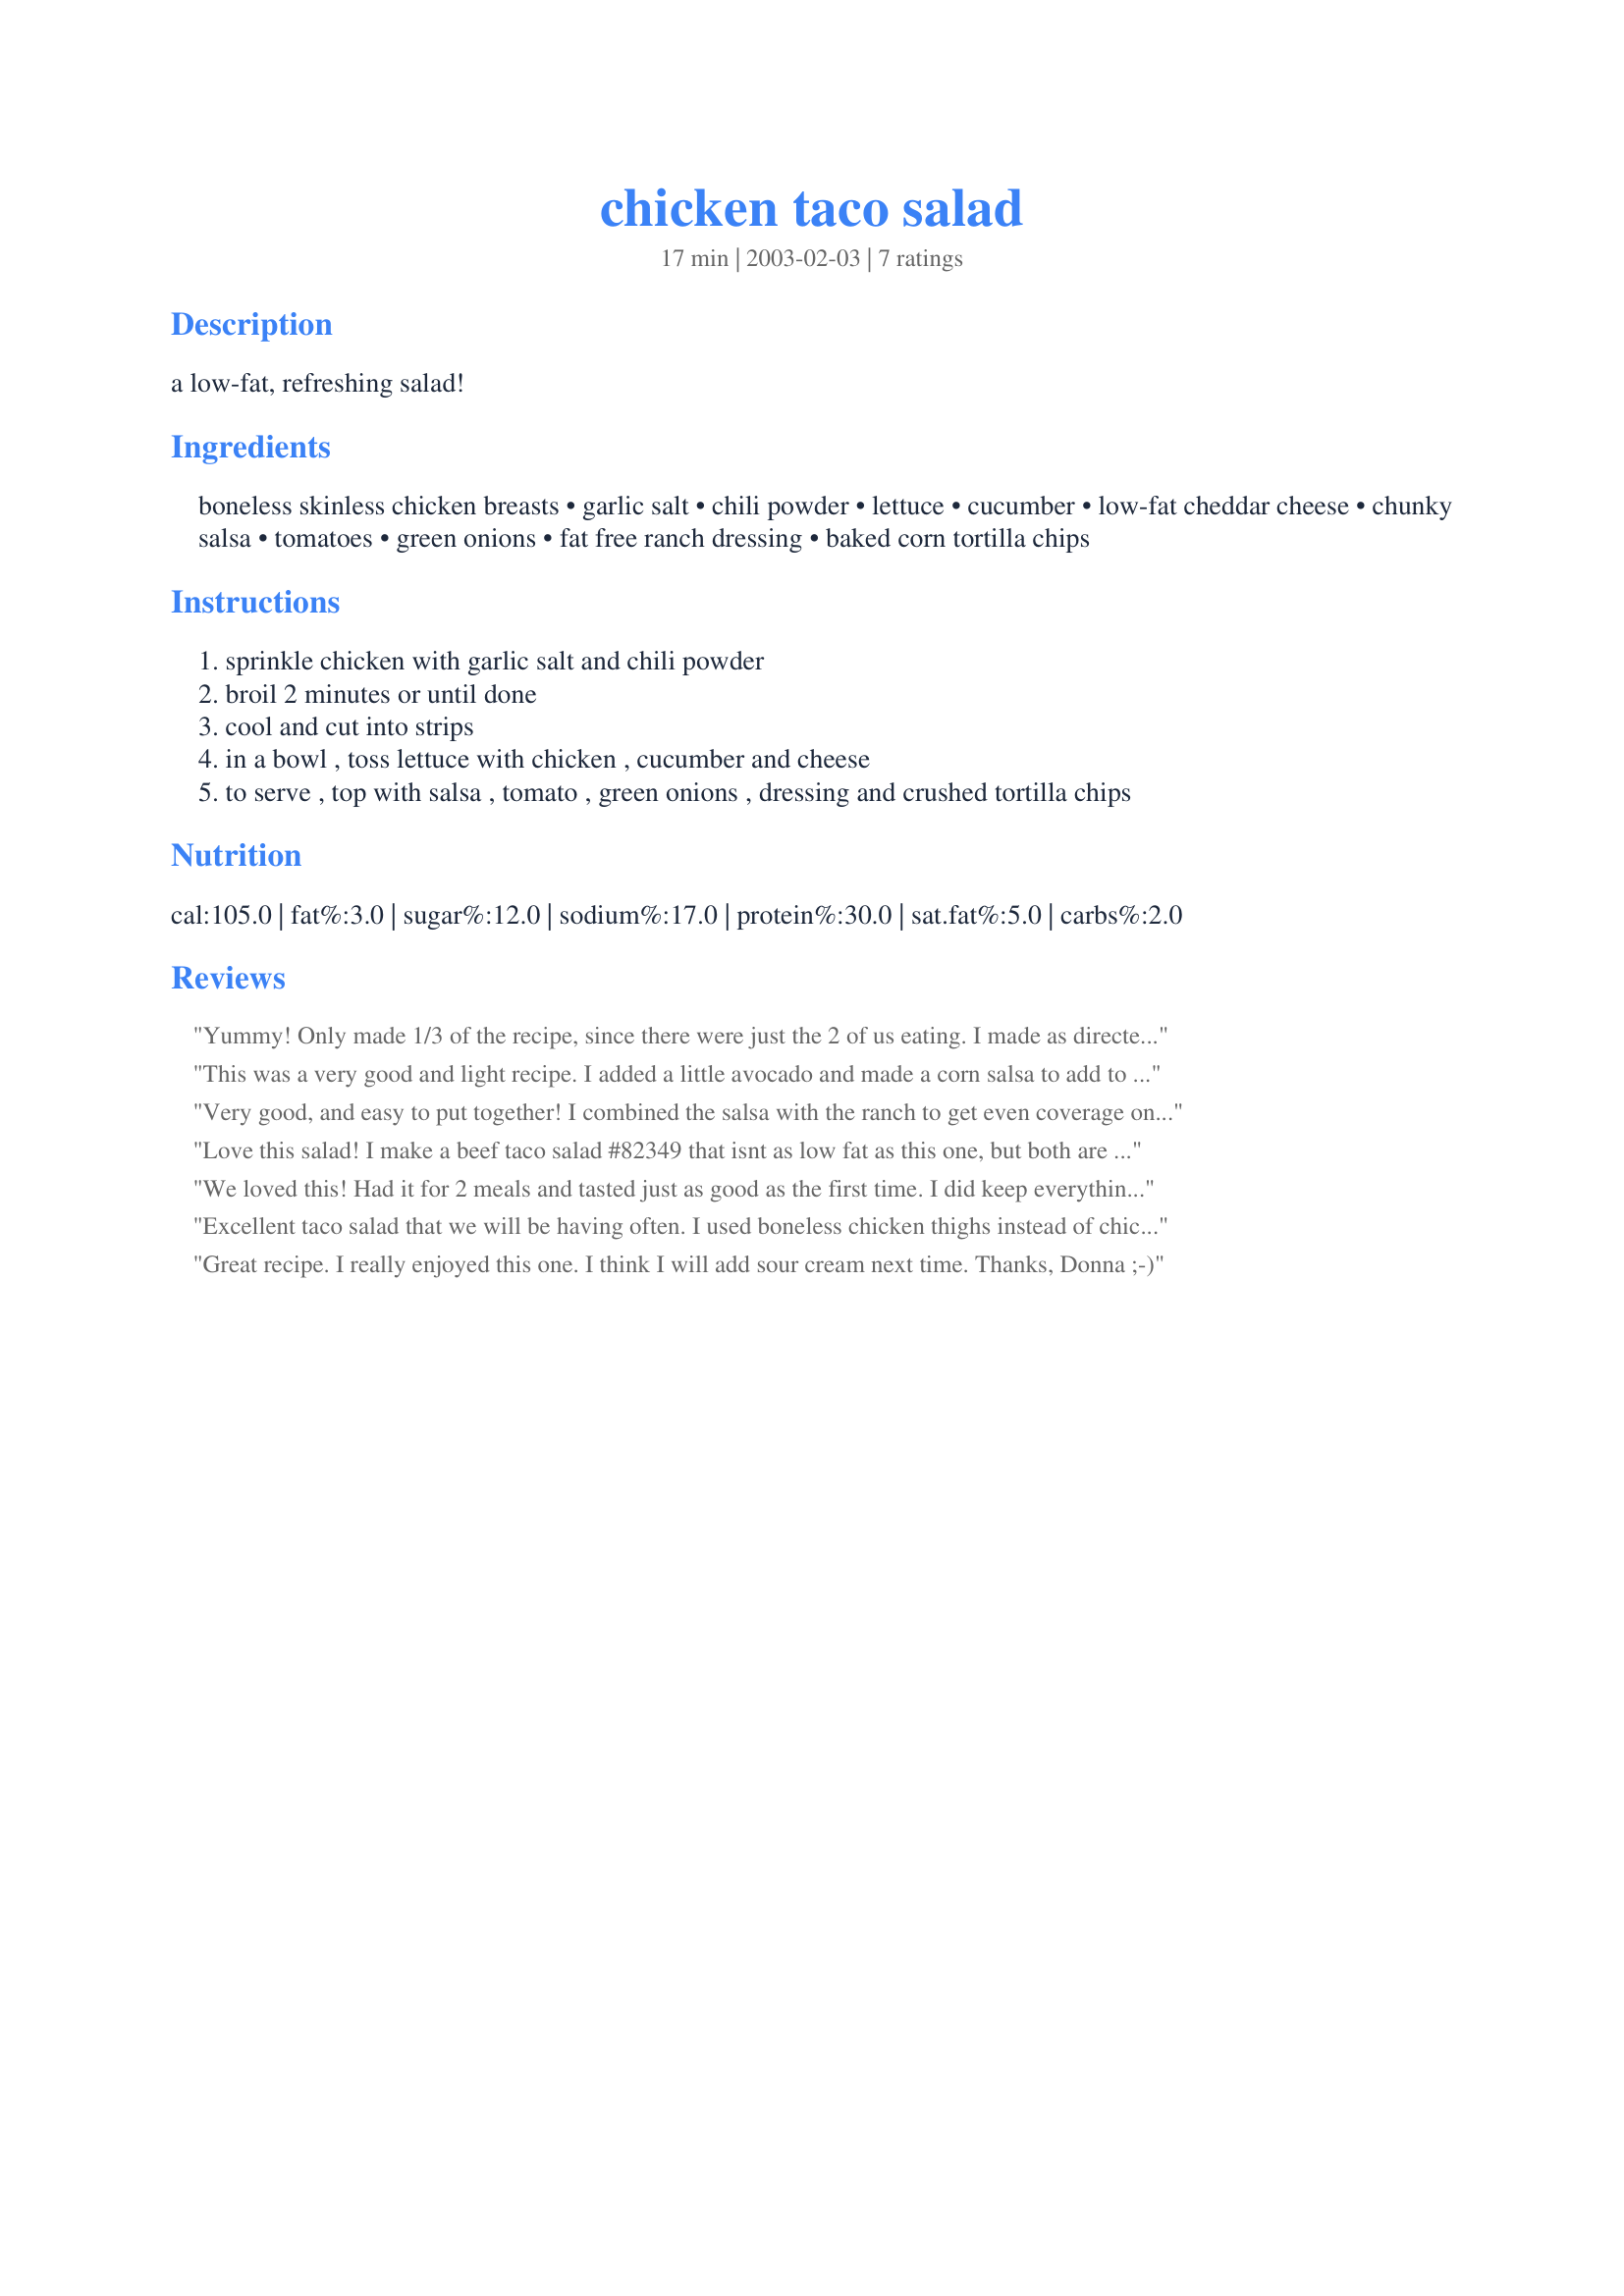
chicken taco salad
Preparation time: 17 minutes

a low-fat, refreshing salad!

Ingredients:
boneless skinless chicken breasts, garlic salt, chili powder, lettuce, cucumber, low-fat cheddar cheese, chunky salsa, tomatoes, green onions, fat free ranch dressing, baked corn tortilla chips

Steps:
sprinkle chicken with garlic salt and chili powder
broil 2 minutes or until done
cool and cut into strips
in a bowl , toss lettuce with chicken , cucumber and cheese
to serve , top with salsa , tomato , green onions , dressing and crushed tortilla chips

Reviews:
Yummy! Only made 1/3 of the recipe, since there were just the 2 of us eating. I made as directed -- super easy, quick and tasty. Thanks for posting! Made for I Recommend Tag Game.
This was a very good and light recipe. I added a little avocado and made a corn salsa to add to the salad. With the salsa, my husband didn't even need to use the ranch dressing! Next time I will add a little fresh cilantro.
Very good, and easy to put together! I combined the salsa with the ranch to get even coverage on the salad. Thanks for sharing!
Love this salad! I make a beef taco salad #82349 that isnt as low fat as this one, but both are delish! I really liked the salsa here because it allows you to use less dressing. Great recipe - thank you!
We loved this! Had it for 2 meals and tasted just as good as the first time. I did keep everything separate in bowls till dinnertime. Also added can of jalapeno lowfat refried beans and some cilantro I needed to use. Thanks for a delicious taco salad that is going in the keeper cookbook!
Excellent taco salad that we will be having often. I used boneless chicken thighs instead of chicken breasts and I broiled them for about 20 minutes instead of the suggested time. I also added one sliced green pepper, cherry tomatoes and one sliced avocado to the salad. Thanks Donna for posting this delicious salad.
Great recipe. I really enjoyed this one. I think I will add sour cream next time. Thanks, Donna ;-)
